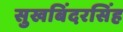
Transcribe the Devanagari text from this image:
सुखबिंदरसिंह